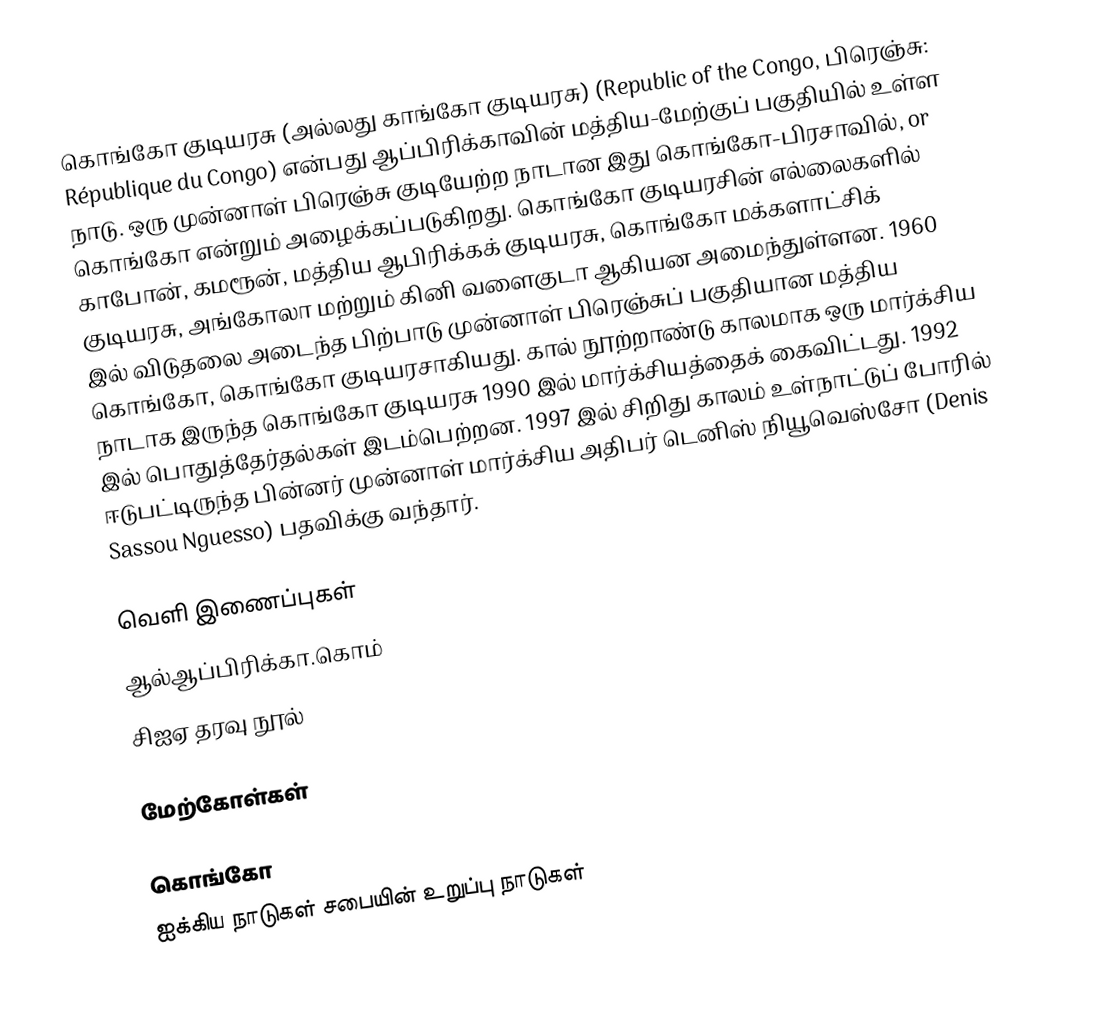
கொங்கோ குடியரசு (அல்லது காங்கோ குடியரசு) (Republic of the Congo, பிரெஞ்சு: République du Congo) என்பது ஆப்பிரிக்காவின் மத்திய-மேற்குப் பகுதியில் உள்ள நாடு. ஒரு முன்னாள் பிரெஞ்சு குடியேற்ற நாடான இது கொங்கோ-பிரசாவில், or கொங்கோ என்றும் அழைக்கப்படுகிறது. கொங்கோ குடியரசின் எல்லைகளில் காபோன், கமரூன், மத்திய ஆபிரிக்கக் குடியரசு, கொங்கோ மக்களாட்சிக் குடியரசு, அங்கோலா மற்றும் கினி வளைகுடா ஆகியன அமைந்துள்ளன. 1960 இல் விடுதலை அடைந்த பிற்பாடு முன்னாள் பிரெஞ்சுப் பகுதியான மத்திய கொங்கோ, கொங்கோ குடியரசாகியது. கால் நூற்றாண்டு காலமாக ஒரு மார்க்சிய நாடாக இருந்த கொங்கோ குடியரசு 1990 இல் மார்க்சியத்தைக் கைவிட்டது. 1992 இல் பொதுத்தேர்தல்கள் இடம்பெற்றன. 1997 இல் சிறிது காலம் உள்நாட்டுப் போரில் ஈடுபட்டிருந்த பின்னர் முன்னாள் மார்க்சிய அதிபர் டெனிஸ் நியூவெஸ்சோ (Denis Sassou Nguesso) பதவிக்கு வந்தார்.

வெளி இணைப்புகள்
 ஆல்ஆப்பிரிக்கா.கொம்
 சிஐஏ தரவு நூல்

மேற்கோள்கள்

கொங்கோ
ஐக்கிய நாடுகள் சபையின் உறுப்பு நாடுகள்